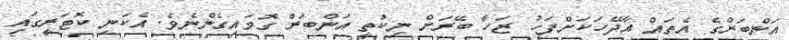
އަންބަރްގެ އެތައް އާދޭހަކަށްފަހު ޒަހާ ބޭރަށް ނިކުތީ އަންބަރް ގޮވައިގެންނެވެ. އެކަނި ކޮޓަރީގައި